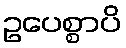
ဥပေစ္စာပိ